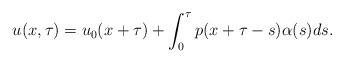
LaTeX: \begin{align*}u(x,\tau) = u_0(x+\tau) +\int_0^\tau p(x+\tau-s)\alpha(s)ds. \end{align*}